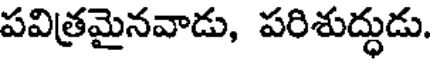
పవిత్రమైనవాడు, పరిశుద్ధుడు.